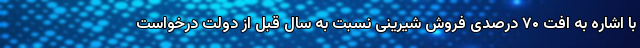
با اشاره به افت ۷۰ درصدی فروش شیرینی نسبت به سال قبل از دولت درخواست